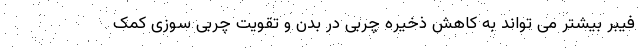
فیبر بیشتر می تواند به کاهش ذخیره چربی در بدن و تقویت چربی سوزی کمک